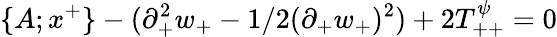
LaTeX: \{ A;x^{+}\} -(\partial_{+}^{2}w_{+}-1/2(\partial_{+}w_{+})^{2})+2T_{++}^{\psi}=0